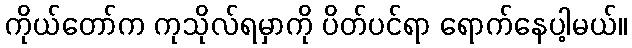
ကိုယ်တော်က ကုသိုလ်ရမှာကို ပိတ်ပင်ရာ ရောက်နေပါ့မယ်။